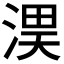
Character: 𭱏